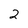
Character: 2